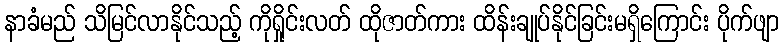
နာခံမည် သိမြင်လာနိုင်သည့် ကိုရှိုင်းလတ် ထိုဇာတ်ကား ထိန်းချုပ်နိုင်ခြင်းမရှိကြောင်း ပိုက်ဖျာ